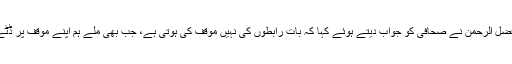
مولانا فضل الرحمٰن نے صحافی کو جواب دیتے ہوئے کہا کہ بات رابطوں کی نہیں موقف کی ہوتی ہے، جب بھی ملے ہم اپنے موقف پر ڈٹے رہے۔